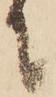
に